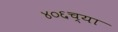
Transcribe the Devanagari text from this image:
४०६च्या